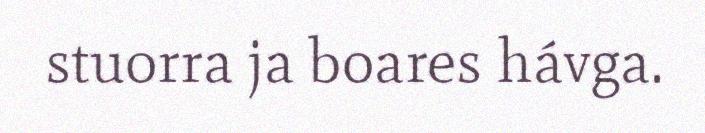
stuorra ja boares hávga.